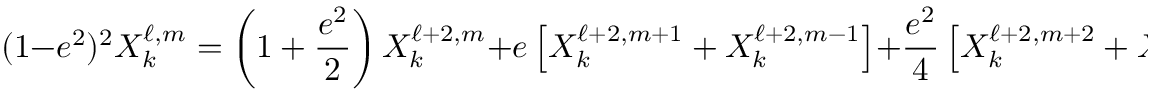
( 1 - e ^ { 2 } ) ^ { 2 } X _ { k } ^ { \ell , m } = \left( 1 + \frac { e ^ { 2 } } { 2 } \right) X _ { k } ^ { \ell + 2 , m } + e \left[ X _ { k } ^ { \ell + 2 , m + 1 } + X _ { k } ^ { \ell + 2 , m - 1 } \right] + \frac { e ^ { 2 } } { 4 } \left[ X _ { k } ^ { \ell + 2 , m + 2 } + X _ { k } ^ { \ell + 2 , m - 2 } \right] \ .